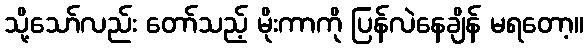
သို့သော်လည်း တော်သည့် မိုးကာကို ပြန်လဲနေချိန် မရတော့။